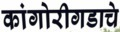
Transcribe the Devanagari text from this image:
कांगोरीगडाचे